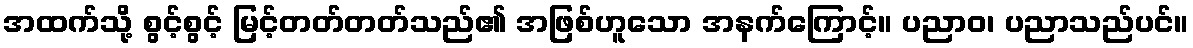
အထက်သို့ စွင့်စွင့် မြင့်တတ်တတ်သည်၏ အဖြစ်ဟူသော အနက်ကြောင့်။ ပညာဝ၊ ပညာသည်ပင်။